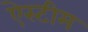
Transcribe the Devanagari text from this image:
ऐस्टीम